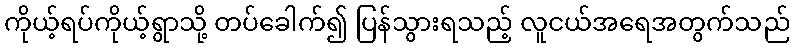
ကိုယ့်ရပ်ကိုယ့်ရွာသို့ တပ်ခေါက်၍ ပြန်သွားရသည့် လူငယ်အရေအတွက်သည်